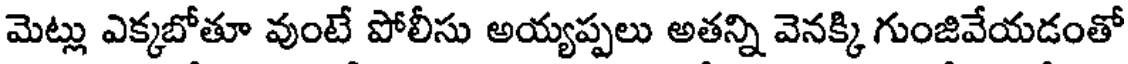
మెట్లు ఎక్కబోతూ వుంటే పోలీసు అయ్యప్పలు అతన్ని వెనక్కి గుంజివేయడంతో